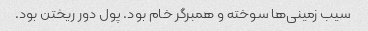
سیب زمینی‌ها سوخته و همبرگر خام بود. پول دور ریختن بود.